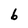
Character: 6